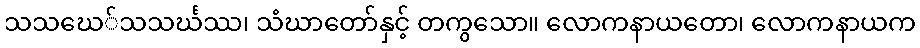
သသဃေ်သသင်္ဃဿ၊ သံဃာတော်နှင့် တကွသော။ လောကနာယတော၊ လောကနာယက